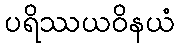
ပရိဿယဝိနယံ